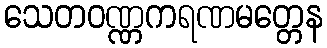
သေတဝဏ္ဏကရဏမတ္တေန